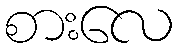
စားလေ